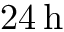
2 4 \, \mathrm { { h } }